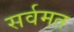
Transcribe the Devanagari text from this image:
सर्वमत